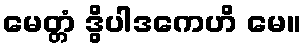
မေတ္တံ ဒွိပါဒကေဟိ မေ။